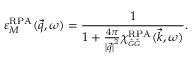
\varepsilon _ { M } ^ { \mathrm { R P A } } ( \vec { q } , \omega ) = \frac { 1 } { 1 + \frac { 4 \pi } { \left| \vec { q } \right| ^ { 2 } } \chi _ { \scriptscriptstyle \vec { G } \vec { G } } ^ { \mathrm { R P A } } ( \vec { k } , \omega ) } .